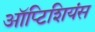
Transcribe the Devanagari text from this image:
ऑप्टिशियंस